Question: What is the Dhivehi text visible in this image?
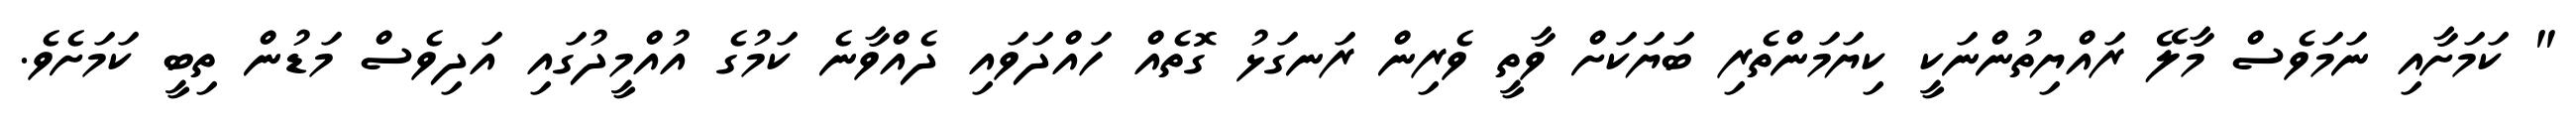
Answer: " ކަމަށާއި ނަމަވެސް މާލޭ ރައްޔިތުންނަކީ ކިޔަމަންތެރި ބަޔަކަށް ވާތީ ވެރިން ރަނގަޅު ގޮތެއް ހައްދަވައި ދެއްވާނެ ކަމުގެ އުއްމީދުގައި އަދިވެސް މަޑުން ތިބީ ކަމަށެވެ.